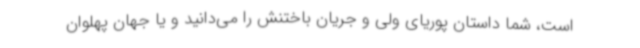
است، شما داستان پوریای ولی و جریان باختنش را می‌دانید و یا جهان پهلوان